Preparation of a safe and efficient antirabic vaccine - Number 44
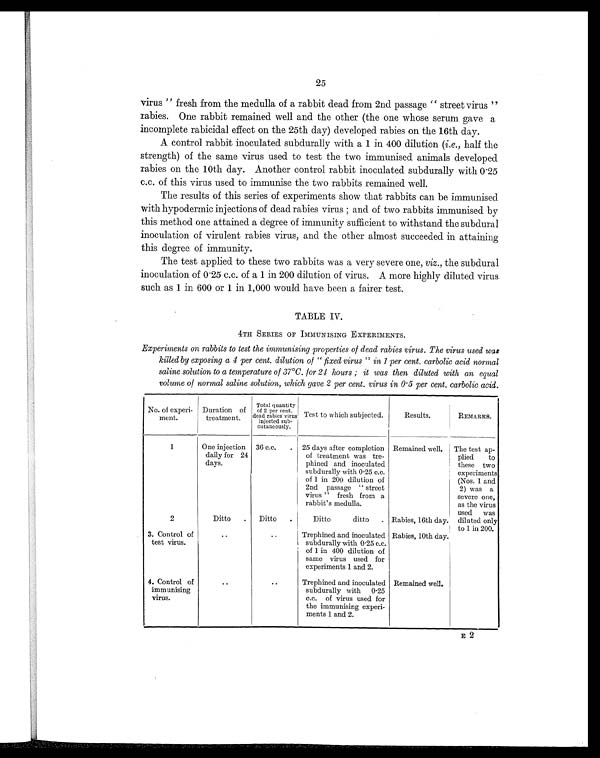
25
virus" fresh from the medulla of a rabbit dead from 2nd passage "street virus"
rabies. One rabbit remained well and the other (the one whose serum gave a
incomplete rabicidal effect on the 25th day) developed rabies on the 16th day.
A control rabbit inoculated subdurally with a 1 in 400 dilution (i.e., half the
strength) of the same virus used to test the two immunised animals developed
rabies on the 10th day. Another control rabbit inoculated subdurally with 0.25
c.c. of this virus used to immunise the two rabbits remained well.
The results of this series of experiments show that rabbits can be immunised
with hypodermic injections of dead rabies virus ; and of two rabbits immunised by
this method one attained a degree of immunity sufficient to withstand the subdural
inoculation of virulent rabies virus, and the other almost succeeded in attaining
this degree of immunity.
The test applied to these two rabbits was a very severe one, viz., the subdural
inoculation of 0.25 c.c. of a 1 in 200 dilution of virus. A more highly diluted virus
such as 1 in 600 or 1 in 1,000 would have been a fairer test.
TABLE IV.
4TH SERIES OF IMMUNISING EXPERIMENTS.
Experiments on rabbits to test the immunising properties of dead rabies virus. The virus used was
killed by exposing a 4 per cent. dilution of "fixed virus" in 1 per cent. carbolic acid normal
saline solution to a temperature of 37°C. for 21 hours ; it was then diluted with an equal
volume of normal saline solution, which gave 2 per cent. virus in 0.5 per cent. carbolic acid.
No. of experi-
ment.
Duration of
treatment.
Total quantity
of 2 per cent.
dead rabies virus
injected sub-
cutaneously.
Test to which subjected.
Results.
REMARKS.
1
One injection
daily for 24
days.
36 c.c.
.
25 days after completion
of treatment was tre-
phined and inoculated
subdurally with 0.25 c.c.
of 1 in 200 dilution of
2nd passage "street
virus" fresh from a
rabbit's medulla.
Remained well.
The test ap-
plied to
these two
experiments
(Nos. 1 and
2) was a
severe one,
as the virus
used was
diluted only
to 1 in 200.
2
Ditto
.
Ditto
.
Ditto ditto
. Rabies, 16th day.
3. Control of
test virus.
. .
..
Trephined and inoculated
subdurally with 0.25 c.c.
of 1 in 400 dilution of
same virus used for
experiments 1 and 2.
Rabies, 10th day.
4. Control of
immunising
virus.
. .
. .
Trephined and inoculated
subdurally with 0.25
c.c. of virus used for
the immunising experi-
ments 1 and 2.
Remained well.
E 2